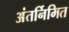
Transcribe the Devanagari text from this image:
अंतर्निमित